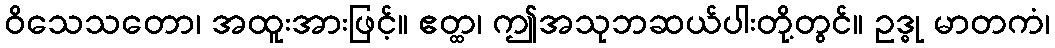
ဝိသေသတော၊ အထူးအားဖြင့်။ ဧတ္ထ၊ ဤအသုဘဆယ်ပါးတို့တွင်။ ဥဒ္ဓု မာတကံ၊